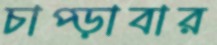
চাপ্‌ড়াবার